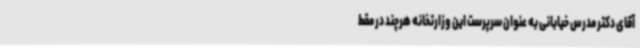
آقای دکتر مدرس خیابانی به عنوان سرپرست این وزارتخانه هرچند در مقط